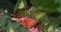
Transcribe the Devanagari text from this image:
अझमनामक